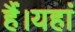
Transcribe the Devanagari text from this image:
हैं।यहां